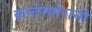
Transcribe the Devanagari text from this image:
कन्तेम्पोरानी